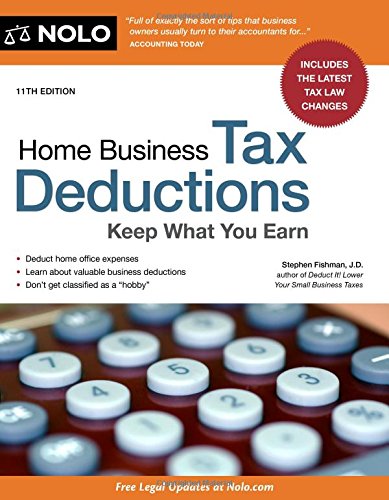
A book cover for Home Business Tax Deductions: Keep What You Earn; Stephen Fishman JD; Business & Money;